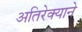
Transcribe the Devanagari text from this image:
अतिरेक्याने